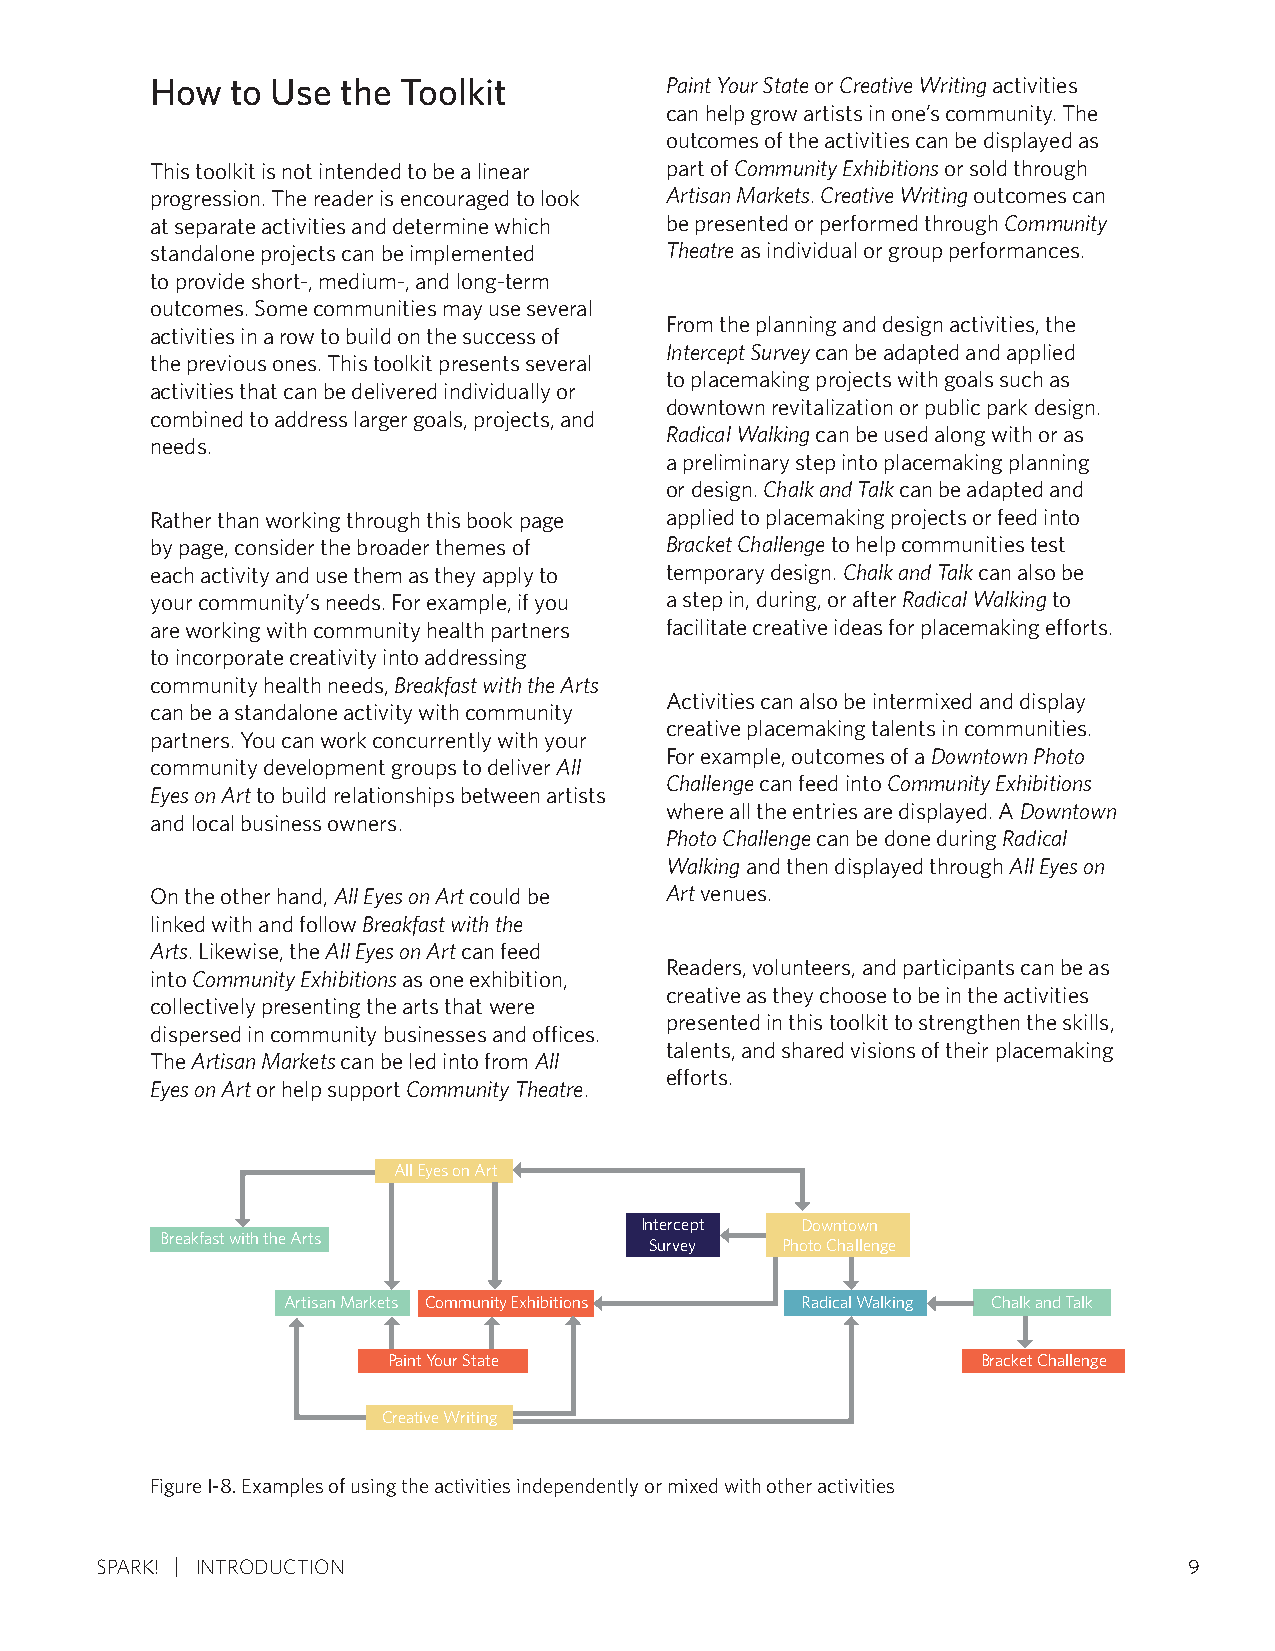
How  to Use  the Toolkit          Paint Your State or Creative Writing activities
 can help grow artists in one’s community. The
 outcomes of the activities can be displayed as
 This toolkit is not intended to be a linear part of Community Exhibitions or sold through
 progression. The reader is encouraged to look Artisan Markets. Creative Writing outcomes can
 at separate activities and determine which be presented or performed through Community
 standalone projects can be implemented Theatre as individual or group performances.
 to provide short-, medium-, and long-term
 outcomes. Some communities may use several
 From the planning and design activities, the
 activities in a row to build on the success of
 Intercept Survey can be adapted and applied
 the previous ones. This toolkit presents several
 to placemaking projects with goals such as
 activities that can be delivered individually or
 downtown revitalization or public park design.
 combined to address larger goals, projects, and
 Radical Walking can be used along with or as
 needs.
 a preliminary step into placemaking planning
 or design. Chalk and Talk can be adapted and
 Rather than working through this book page applied to placemaking projects or feed into
 by page, consider the broader themes of Bracket Challenge to help communities test
 each activity and use them as they apply to temporary design. Chalk and Talk can also be
 your community’s needs. For example, if you a step in, during, or after Radical Walking to
 are working with community health partners facilitate creative ideas for placemaking efforts.
 to incorporate creativity into addressing
 community health needs, Breakfast with the Arts
 Activities can also be intermixed and display
 can be a standalone activity with community
 creative placemaking talents in communities.
 partners. You can work concurrently with your
 For example, outcomes of a Downtown Photo
 community development groups to deliver All
 Challenge can feed into Community Exhibitions
 Eyes on Art to build relationships between artists
 where all the entries are displayed. A Downtown
 and local business owners.
 Photo Challenge can be done during Radical
 Walking and then displayed through All Eyes on
 On the other hand, All Eyes on Art could be Art venues.
 linked with and follow Breakfast with the
 Arts. Likewise, the All Eyes on Art can feed
 Readers, volunteers, and participants can be as
 into Community Exhibitions as one exhibition,
 creative as they choose to be in the activities
 collectively presenting the arts that were
 presented in this toolkit to strengthen the skills,
 dispersed in community businesses and offices.
 talents, and shared visions of their placemaking
 The Artisan Markets can be led into from All
 efforts.
 Eyes on Art or help support Community Theatre.
 All Eyes on Art
 Intercept  Downtown
 Breakfast with the Arts         Survey   Photo Challenge
 Artisan Markets Community Exhibitions Radical Walking Chalk and Talk
 PaiYnto Yuorur State                   Bracket Challenge
 Creative Writing
 Figure I-8. Examples of using the activities independently or mixed with other activities
 SPARK! INTRODUCTION                                                      9